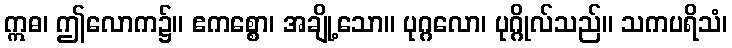
ဣဓ၊ ဤလောက၌။ ဧကစ္စော၊ အချို့သော။ ပုဂ္ဂလော၊ ပုဂ္ဂိုလ်သည်။ သကပရိသံ၊